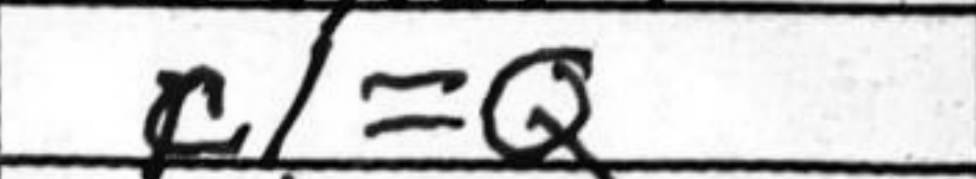
Transcription: c1=Q